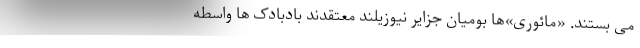
می بستند. «مائوری»ها بومیان جزایر نیوزیلند معتقدند بادبادک ها واسطه